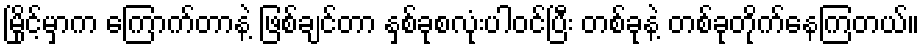
မြိုင့်မှာက ကြောက်တာနဲ့ ဖြစ်ချင်တာ နှစ်ခုစလုံးပါဝင်ပြီး တစ်ခုနဲ့ တစ်ခုတိုက်နေကြတယ်။